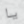
يا